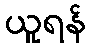
ယူရန်